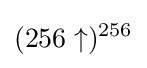
(256\uparrow )^{256}